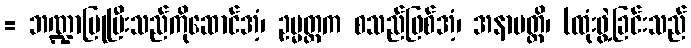
= ဘဏ္ဍာပြုပြီးသည်ကိုဆောင်အံ့၊ ဥမ္မတ္တက စသည်ဖြစ်အံ့၊ အနာပတ္တိ၊ (ထုံးဖွဲ့ခြင်းသည်